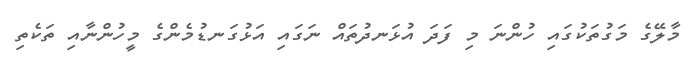
މާލޭގެ މަގުތަކުގައި ހުންނަ މި ފަދަ އުޅަނދުތައް ނަގައި އަޅުގަނޑުމެންގެ މީހުންނާއި ތަކެތި